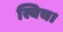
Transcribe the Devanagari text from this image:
स्विच।